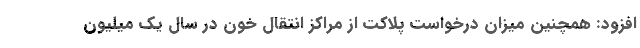
افزود: همچنین میزان درخواست پلاکت از مراکز انتقال خون در سال یک میلیون